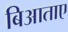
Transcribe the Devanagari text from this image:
बिआताए